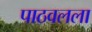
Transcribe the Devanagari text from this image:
पाठवलला